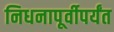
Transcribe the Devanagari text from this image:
निधनापूर्वीपर्यंत